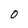
Character: O